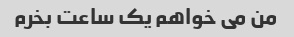
من می خواهم یک ساعت بخرم